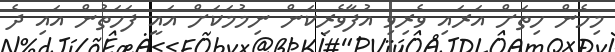
މިހެން ހިތަށް އަރައި ވެރިވި އުފާވެރިކަން ނިމުމަކަށް އައީ ފަހަތުން އައި ދެ